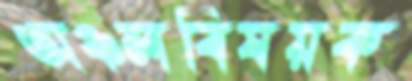
অঞ্চলবিষয়ক